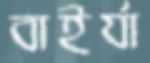
বাইর্যা